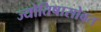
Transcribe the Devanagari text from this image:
ज्योतिषासोबत